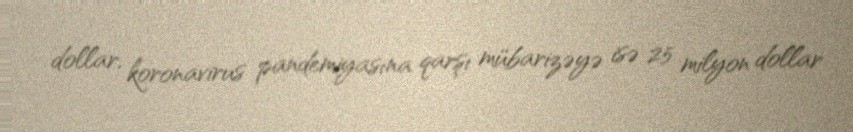
dollar, koronavirus pandemiyasına qarşı mübarizəyə isə 25 milyon dollar